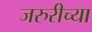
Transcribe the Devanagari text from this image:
जरुरीच्या